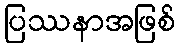
ပြဿနာအဖြစ်